Papers set at the Examination for Leaving Certificates, 1889
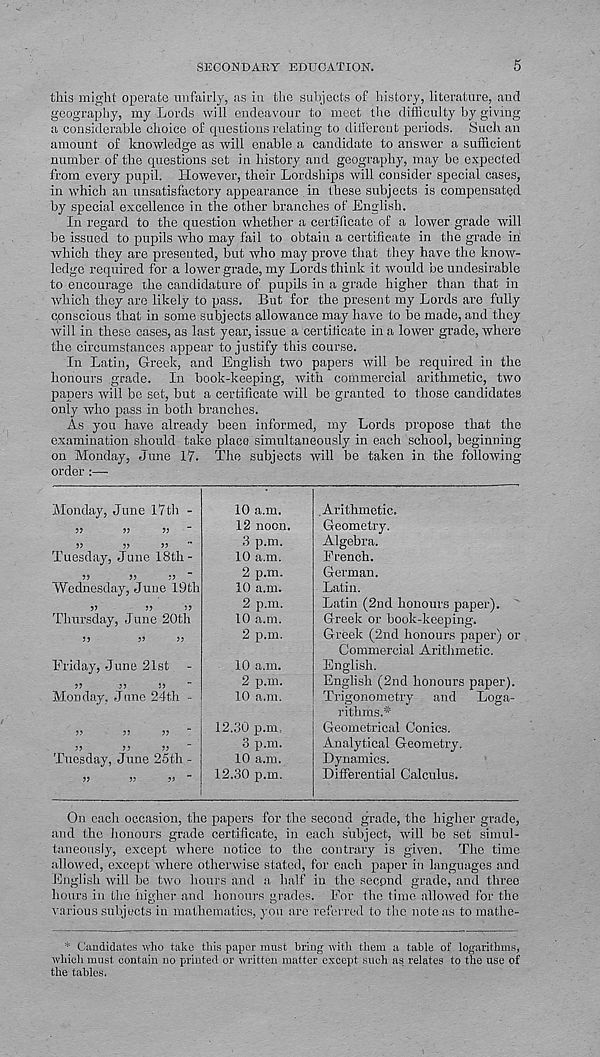
SECONDARY EDUCATION.
5
this might operate unfairly, as in the subjects of history, literature, and
geography, my Lords will endeavour to meet the difficulty by giving
a considerable choice of questions relating to diilerent periods. Such an
amount of knowledge as will enable a candidate to answer a sufficient
number of the questions set in history and geography, may be expected
from every pupil. However, their Lordships will consider special cases,
in which an unsatisfactory appearance in these subjects is compensated
by special excellence in the other branches of English.
In regard to the question whether a certificate of a lower grade will
be issued to pupils who may fail to obtain a certificate in the grade in
which they are presented, but who may prove that they have the know-
ledge required for a lower grade, my Lords think it would be undesirable
to encourage the candidature of pupils in a grade higher than that in
which they are likely to pass. But for the present my Lords are fully
cpnscious that in some subjects allowance may have to be made, and they
will in these cases, as last year, issue a certificate in a lower grade, where
the circumstances appear to justify this course.
In Latin, Greek, and English two papers will be required in the
honours grade. In book-keeping, with commercial arithmetic, two
papers will be set, hut a certificate will be granted to those candidates
only who pass in both branches.
As you have already been informed, my Lords propose that the
examination should take place simultaneously in each school, beginning
on Monday, June 17. The subjects will be taken in the following
order :—■
Monday, June 17th -
V
>>
Tuesday, June 18th-
??
>>
Wednesday, June 19th
Thursday, June 20th
3 J
33
33
Friday, June 21st
33
33
33
Monday. Jane 24th -
33
33
33
33
33
33
Tuesday, June 25th -
10 a.m.
12 noon.
3 p.m.
10 a.m.
2 p.m.
10 a.m.
2 p.m.
10 a.m.
2 p.m.
10 a.m.
2 p.m.
10 a.m.
12.30 p.m,
3 p.m.
10 a.m.
12.30 p.m.
.Arithmetic.
Geometry.
Algebra.
French.
German.
Latin.
Latin (2nd honours paper).
Greek or book-keeping.
Greek (2nd honours paper) or
Commercial Arithmetic.
English.
English (2nd honours paper).
Trigonometry
and
Loga-
rithms.*'
Geometrical Conics.
Analytical Geometry.
Dynamics.
Differential Calculus.
On each occasion, the papers for the second grade, the higher grade,
and the honours grade certificate, in each subject, will be set simul-
taneously, except where notice to tbc contrary is given. The time
allowed, except where otherwise stated, for each paper in languages and
English will be two hours and a half in the second grade, and three
hours in tbc higher and honours grades. For the time allowed for the
various subjects in mathematics, you arc referred to the noteas to mathe-
* Candidates who take this paper must bring with them a table of logarithms,
which must contain no printed or written matter except such as relates to the use of
the tables.